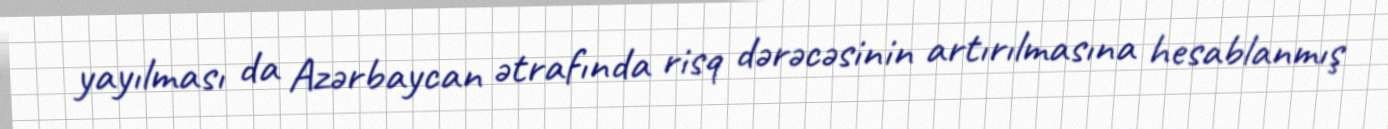
yayılması da Azərbaycan ətrafında risq dərəcəsinin artırılmasına hesablanmış